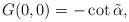
LaTeX: \begin{align*}G(0,0)=-\cot \tilde \alpha,\end{align*}